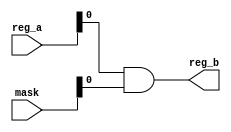
module nonblock(reg_a,mask,reg_b);
input [3:0] reg_a,mask;
output reg reg_b;
always @(reg_a or mask)
reg_b <= reg_a&mask;
endmodule